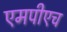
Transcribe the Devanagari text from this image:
एमपीएच